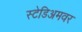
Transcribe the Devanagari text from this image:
स्टेडिअमवर